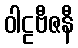
ဝါဠဗီဇနီ